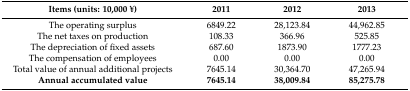
<table><thead><tr><td><b>Items (units: 10,000 ¥)</b></td><td><b>2011</b></td><td><b>2012</b></td><td><b>2013</b></td></tr></thead><tbody><tr><td>The operating surplus </td><td>6849.22</td><td>28,123.84</td><td>44,962.85</td></tr><tr><td>The net taxes on production </td><td>108.33</td><td>366.96</td><td>525.85</td></tr><tr><td>The depreciation of fixed assets </td><td>687.60</td><td>1873.90</td><td>1777.23</td></tr><tr><td>The compensation of employees </td><td>0.00</td><td>0.00</td><td>0.00</td></tr><tr><td>Total value of annual additional projects </td><td>7645.14</td><td>30,364.70</td><td>47,265.94</td></tr><tr><td><b>Annual accumulated value</b></td><td><b>7645.14</b></td><td><b>38,009.84</b></td><td><b>85,275.78</b></td></tr></tbody></table>